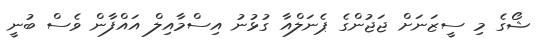
ޝޯގެ މި ސީޒަނަށް ޖަޖުންގެ ޕެނަލްއާ ގުޅުނު އިސްމާއިލް އައްފާން ވެސް ބުނީ